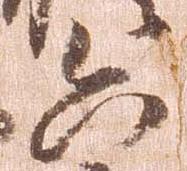
六